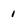
Character: 1